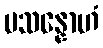
ပသန္နောဟံ